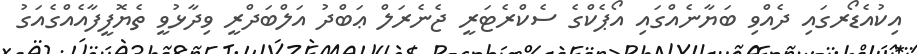
އިކުއެޑޯރގައި ދެއްވި ބަޔާނެއްގައި އޯޕެކްގެ ސެކްރެޓަރީ ޖެނެރަލް ޢަބްދު އަލްބަދްރީ ވިދާޅުވީ ތެޔޮފީފާއެއްގެއަގު